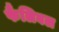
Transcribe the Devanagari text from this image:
फैलिबल